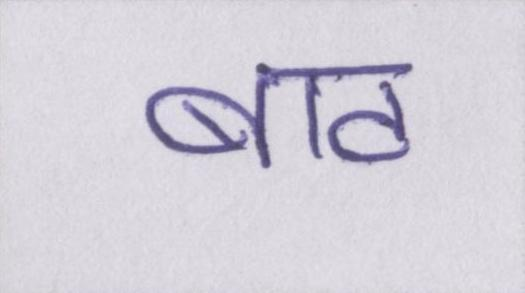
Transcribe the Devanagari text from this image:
बाट